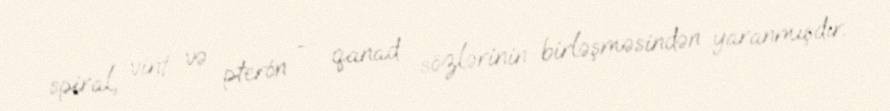
spiral, vint və pterón — qanad sözlərinin birləşməsindən yaranmışdır.